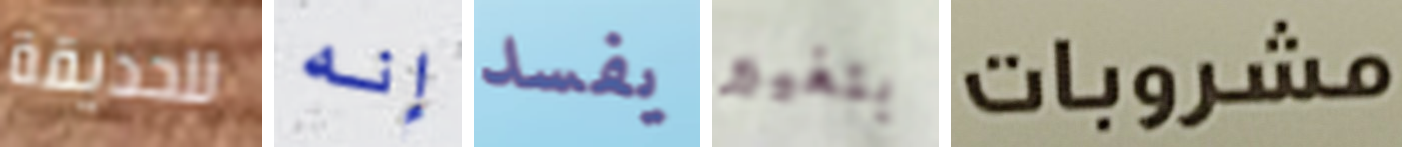
للحديقة إنه يفسد بتغيير مشروبات